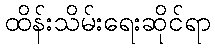
ထိန်းသိမ်းရေးဆိုင်ရာ